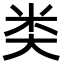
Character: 类